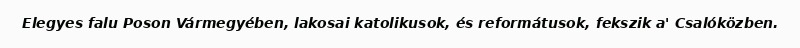
Elegyes falu Poson Vármegyében, lakosai katolikusok, és reformátusok, fekszik a' Csalóközben.